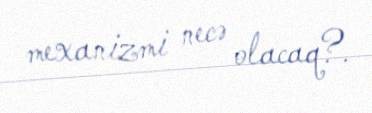
mexanizmi necə olacaq?.